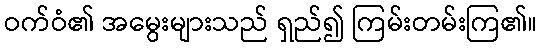
ဝက်ဝံ၏ အမွေးများသည် ရှည်၍ ကြမ်းတမ်းကြ၏။